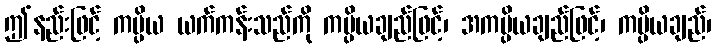
ဤနည်းဖြင့် ကပ္ပိယ ယက်ကန်းသည်ကို ကပ္ပိယချည်ဖြင့်၊ အကပ္ပိယချည်ဖြင့်၊ ကပ္ပိယချည်၊